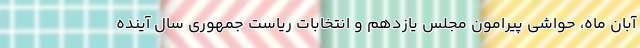
آبان ماه، حواشی پیرامون مجلس یازدهم و انتخابات ریاست جمهوری سال آینده